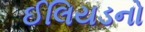
ઈલિયડનો